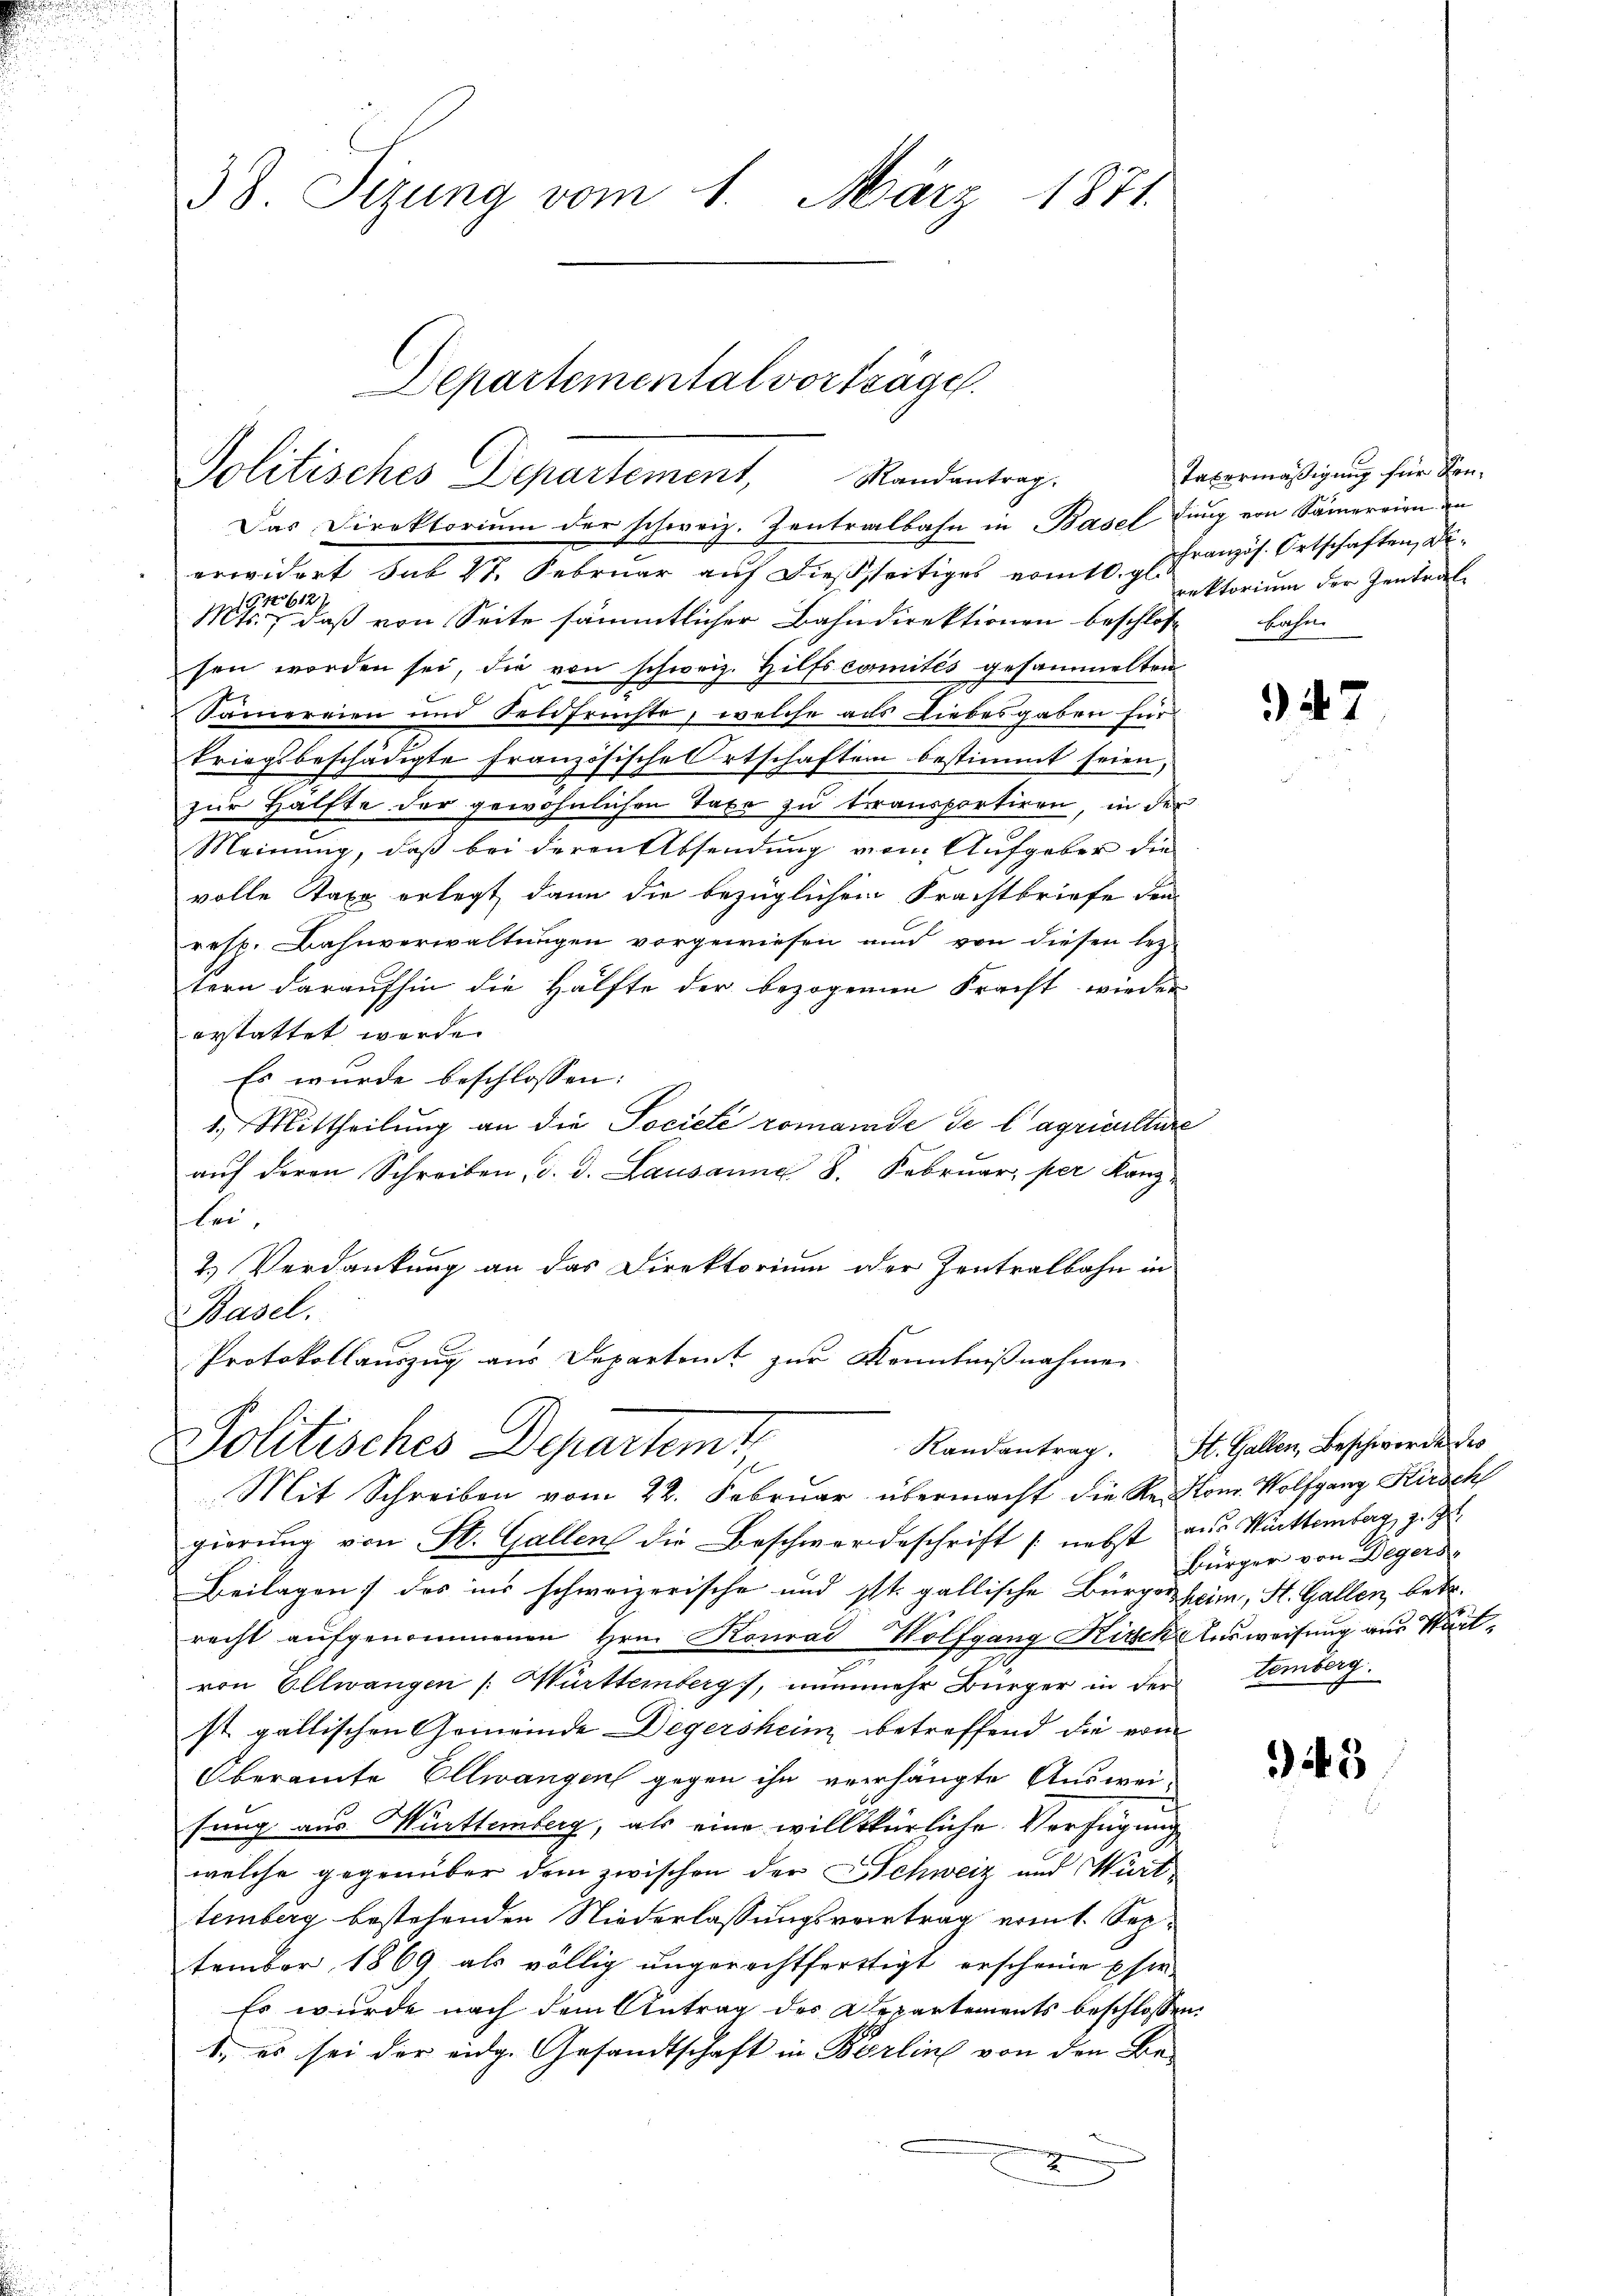
38. Sizung vom 1. März 1871.

Departemental vorträge.
Politisches Departement, Randantrag.
Das Direktorium der schweiz. Zentralbahn in Basel dung von Samereien an

Politisches Departemt
Mit Schreiben vom 22. Februar übermacht die Rector. Wolfgang Kirsch

erwidert sub 27. Februar aŭf dießseitiges vom 10. d. J. Französ. Ortschaften Di¬
M, daß von Seite sämmtlicher Bahndirektionen beschlos
sen worden sei, die von schweiz. Hilfscomités gesammelten
Sämereien und Feldfrüchte, welche als Liebesgaben für
kriegsbeschädigte französische Ortschaften bestimmt seien,
zur Hälfte der gewöhnlichen Taxe zu transportiren, in der
Meinung, daß bei deren Absendung von Aufgaber die
volle Taxe erlegt dann die bezüglichen Frachtbriefe dem
resp. Bahnverwaltungen vorgewiesen und von diesen lezt
tern daraufhin die Hälfte der bezogenen Fracht wieder
erstattet werde.
Es wurde beschlossen:
1.) Mittheilung an die Société romainde de l’agriculture
auf deren Schreiben, d. d. Lausanne 8. Februar, per Kanz-
lei,
2) Verdankung an das Direktorium oder Zentralbahn in
Brevel,
Protokollauszug aus Departamt zur Kenntnißnahmen

Taxormäßigung für denrektorium der Zentraltafel

gierŭng von St. Gallen die Beschwerdeschrift (nebst aus Württemberg z. Z.
Beilagen) des ins schweizerische und ist. gallische Bürgersheim, St. Gallen, betr.
recht aufgenommenen Hrn. Konrad Wolfgang Kirche Ausweisung aus Startvon Ellwangen /: Württemberg), nunmehr Bürger in der Lemberg.
st gallischen Gemeinde Degersheim betreffend die vom
Oberamte Ellwangen gegen ihn verhängte Auswei-
fung aus Württemberg, als eine willkürliche Verfügung
welche gegenüber dem zwischen der Schweiz und Württemberg bestehenden Niederlassungsvertrag erint. September 1869 als völlig ungerechtferttigt erscheine sie
Es wurde nach dem Antrag des Departements beschlossen:
1., es sei der eidg. Gesandtschaft in Berlin von den Bet

47

Randantrag. St. Gallen, Beschwerde des
Bürger von Degers,

45